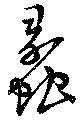
蠡